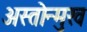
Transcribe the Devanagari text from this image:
अस्तोन्मुख